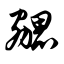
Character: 勰